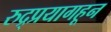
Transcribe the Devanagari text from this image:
रुद्र्प्रयागहून